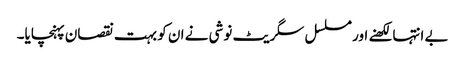
بے انتہا لکھنے اور مسلسل سگریٹ نوشی نے ان کو بہت نقصان پہنچایا۔